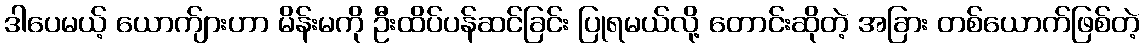
ဒါပေမယ့် ယောက်ျားဟာ မိန်းမကို ဦးထိပ်ပန်ဆင်ခြင်း ပြုရမယ်လို့ တောင်းဆိုတဲ့ အခြား တစ်ယောက်ဖြစ်တဲ့